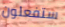
ستفعلون